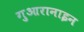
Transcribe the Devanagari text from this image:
गुआरानाइन